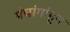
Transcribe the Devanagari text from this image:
पंचांगांहून